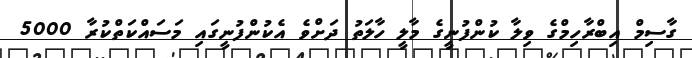
ގާސިމް އިބްރާހިމްގެ ވިލާ ކުންފުނީގެ މާލީ ހާލަތު ދަށްވެ އެކުންފުނީގައި މަސައްކަތްކުރާ 5000